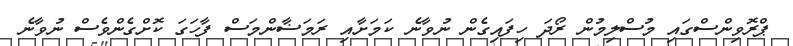
ޕްރޮވިންސްގައި މުސްލިމުން ރޯދަ ހިފައިގެން ނުވާނެ ކަމަށާއި ރަމަޟާންމަސް ފާހަގަ ކޮށްގެންވެސް ނުވާނެ